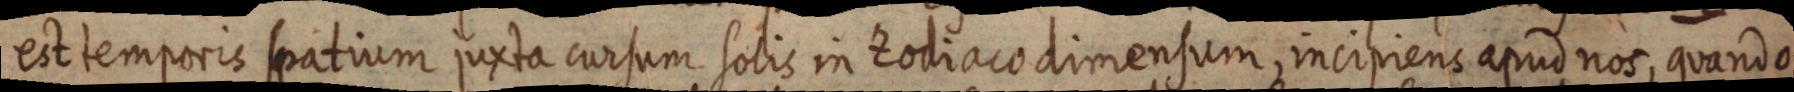
est temporis spatium juxta cursum solis in Zodiaco dimensum, incipiens apud nos, quando